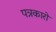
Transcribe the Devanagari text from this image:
पत्रकारो